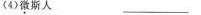
(4)微斯人 _________